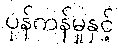
ပုန်ကန်မှုနှင့်